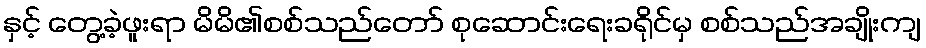
နှင့် တွေ့ခဲ့ဖူးရာ မိမိ၏စစ်သည်တော် စုဆောင်းရေးခရိုင်မှ စစ်သည်အချိုးကျ